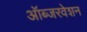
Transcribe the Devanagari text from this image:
ऑब्जरवेशन